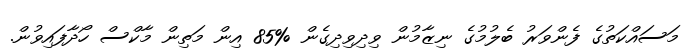
މަސައްކަތުގެ ފެންވަރު ބެލުމުގެ ނިޒާމުން ވިދިވިދިގެން %85 އިން މަތިން މާކްސް ހޯދާފައިވުން.